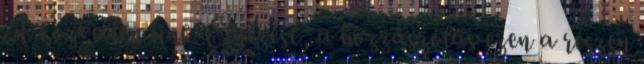
A közvetlen link. Elnézést, a hozzászólás ezen a részen